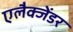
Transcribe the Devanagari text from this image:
एलैक्जेंडर